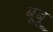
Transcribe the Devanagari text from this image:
बूबू